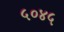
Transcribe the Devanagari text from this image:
५०४५